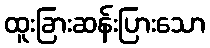
ထူးခြားဆန်းပြားသော